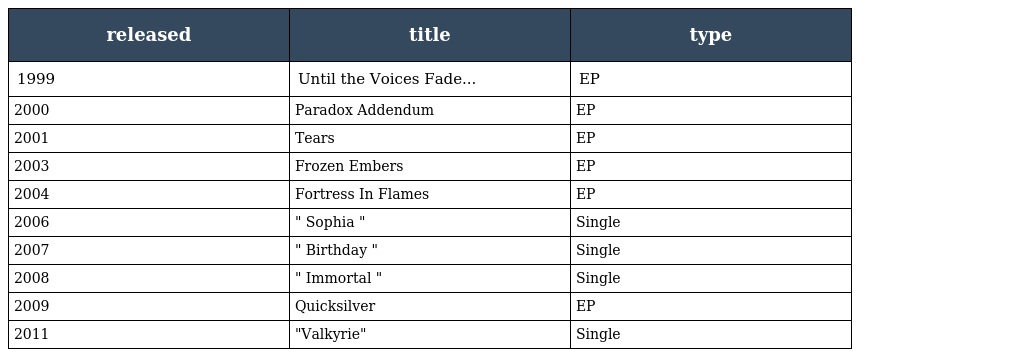
| released | title | type |
 | --- | --- | --- |
 | 1999 | Until the Voices Fade... | EP |
 | 2000 | Paradox Addendum | EP |
 | 2001 | Tears | EP |
 | 2003 | Frozen Embers | EP |
 | 2004 | Fortress In Flames | EP |
 | 2006 | " Sophia " | Single |
 | 2007 | " Birthday " | Single |
 | 2008 | " Immortal " | Single |
 | 2009 | Quicksilver | EP |
 | 2011 | "Valkyrie" | Single |